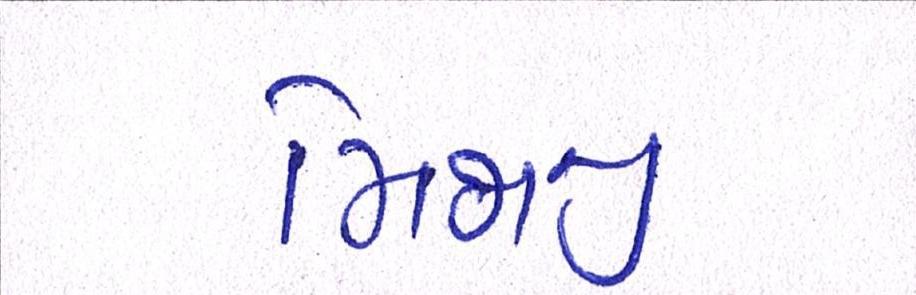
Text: મિજાજી